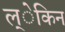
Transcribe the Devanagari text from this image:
ल्ेकिन